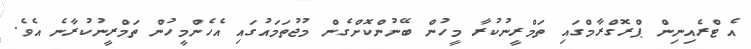
އެ ޓްރެއިނިން ޕްރޮގްރާމްގައި ތަމްރީނުކުރާ މީހުން ބޭނުންކޮށްގެން މުޖުތަމައުގައި އެހެންމީހުން ތަމްރީނުކުރާނެ އެވެ.